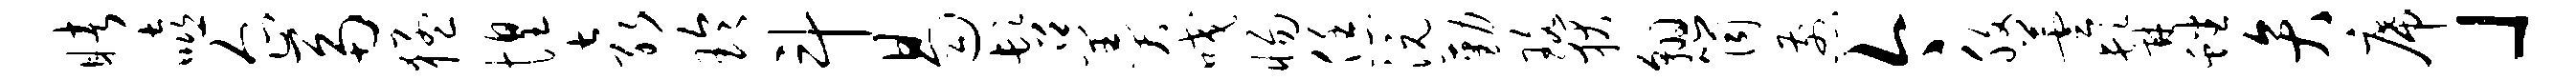
睹嘻企鬲猛惶袁玲斗曷髫羹咬惕恁沅勤珞狄翱筒煎今腹芸髯蟠弁席」